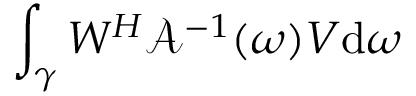
\int _ { \gamma } W ^ { H } \mathcal { A } ^ { - 1 } ( \omega ) V \mathrm { d } \omega